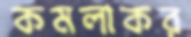
কমলাকর